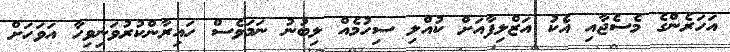
އަހަރެންގެ މެސެޖާއި އެކު އަޒްލިފާއަށް ކުއްލި ސިހުމެއް ލިބުނު ނަމަވެސް ހައިރާންކުރުވަނިވިހާ އަވަހަށް